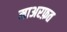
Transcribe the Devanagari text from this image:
माअरफ़त